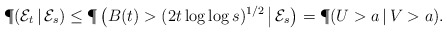
\begin{align*}\P(\mathcal{E}_t\,|\,\mathcal{E}_s) \le \P\left(B(t)> (2t\log\log s)^{1/2}\,\big|\, \mathcal{E}_s\right)=\P(U>a\,|\,V>a).\end{align*}